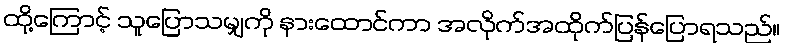
ထို့ကြောင့် သူပြောသမျှကို နားထောင်ကာ အလိုက်အထိုက်ပြန်ပြောရသည်။